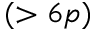
( > 6 p )